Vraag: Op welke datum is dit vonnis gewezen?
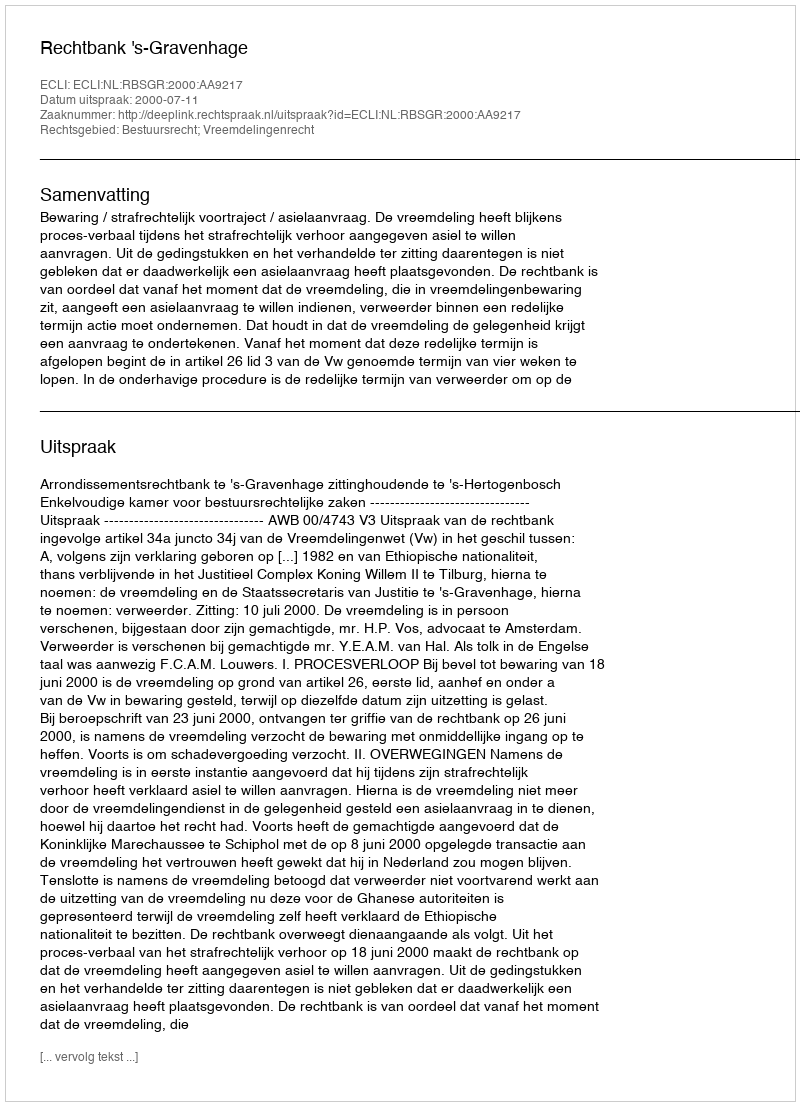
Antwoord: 2000-07-11